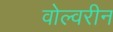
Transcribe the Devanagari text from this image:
वोल्वरीन